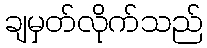
ချမှတ်လိုက်သည်